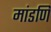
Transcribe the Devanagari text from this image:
मांडणि